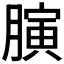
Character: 𦟘